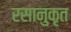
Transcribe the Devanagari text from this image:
रसानुकृत